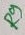
Text: R9